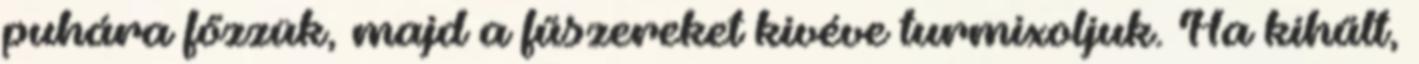
puhára főzzük, majd a fűszereket kivéve turmixoljuk. Ha kihűlt,